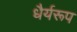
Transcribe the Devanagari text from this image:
धैर्यरूप